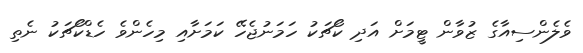
ވެލެންސިއާގެ ޒުވާން ޓީމަށް އަދި ކޯޗަކު ހަމަނުޖެހޭ ކަމަށާއި މިހެންވެ ހެޑްކޯޗަކު ނެތި